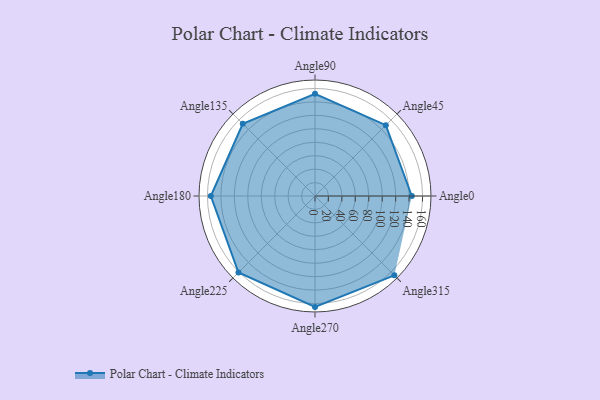
{"axis": {"x": "Angle", "y": "Radius"}, "legend": [""], "data": [{"x": "Angle0", "y": 144.0, "type": ""}, {"x": "Angle45", "y": 149.0, "type": ""}, {"x": "Angle90", "y": 152.0, "type": ""}, {"x": "Angle135", "y": 152.0, "type": ""}, {"x": "Angle180", "y": 155.0, "type": ""}, {"x": "Angle225", "y": 161.0, "type": ""}, {"x": "Angle270", "y": 165.0, "type": ""}, {"x": "Angle315", "y": 167.0, "type": ""}]}